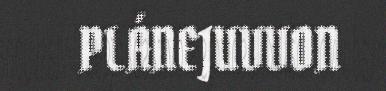
PLÁNEJUVVON